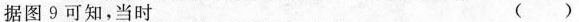
据图9可知，当时（）